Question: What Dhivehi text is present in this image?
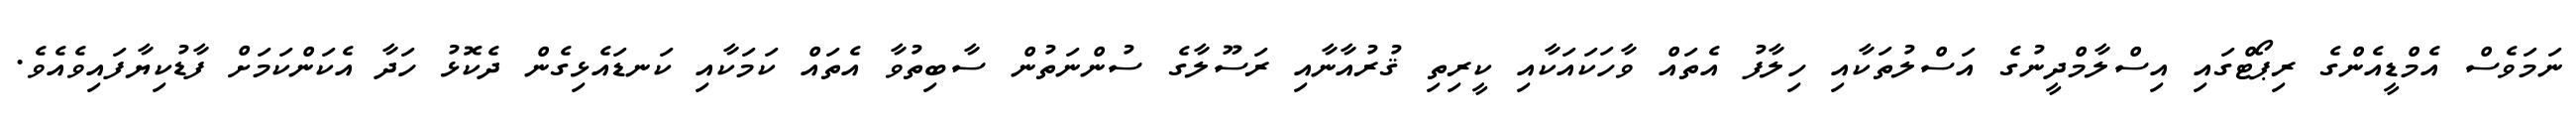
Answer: ނަމަވެސް އެމްޑީއެންގެ ރިޕޯޓްގައި އިސްލާމްދީނުގެ އަސްލުތަކާއި ހިލާފު އެތައް ވާހަކައަކާއި ކީރިތި ޤުރުއާނާއި ރަސޫލާގެ ސުންނަތުން ސާބިތުވާ އެތައް ކަމަކާއި ކަނޑައެޅިގެން ދެކޮޅު ހަދާ އެކަންކަމަށް ފާޑުކިޔާފައިވެއެވެ.